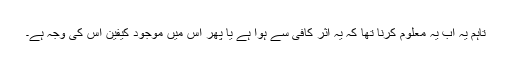
تاہم یہ اب یہ معلوم کرنا تھا کہ یہ اثر کافی سے ہوا ہے یا پھر اس میں موجود کیفین اس کی وجہ ہے۔